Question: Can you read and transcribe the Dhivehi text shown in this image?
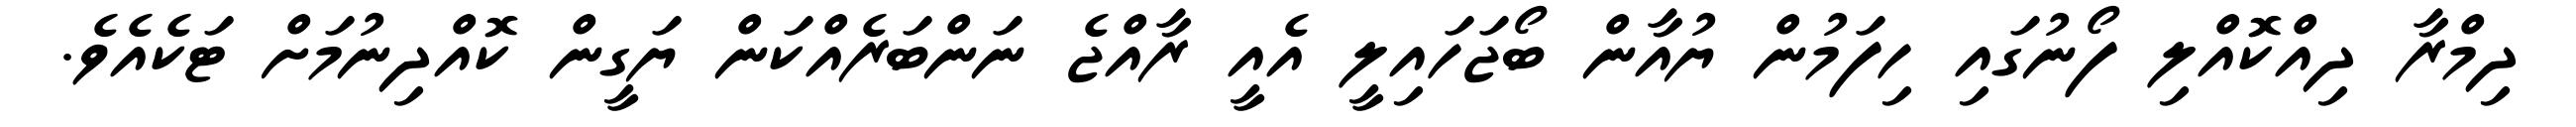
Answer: ދިމްރާ ދިއްކޮއްލި ފޯނުގައި ހިފަމުން ޔުއާން ބޯޖަހައިލީ އެއީ ރާއްޖެ ނަންބަރެއްކަން ޔަގީން ކޮއްދިނުމަށް ޓަކެއެވެ.